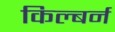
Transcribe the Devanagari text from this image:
किल्बर्न